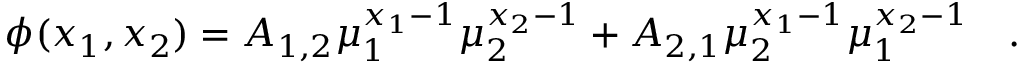
\phi ( x _ { 1 } , x _ { 2 } ) = A _ { 1 , 2 } \mu _ { 1 } ^ { x _ { 1 } - 1 } \mu _ { 2 } ^ { x _ { 2 } - 1 } + A _ { 2 , 1 } \mu _ { 2 } ^ { x _ { 1 } - 1 } \mu _ { 1 } ^ { x _ { 2 } - 1 } \quad .